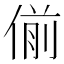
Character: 偂